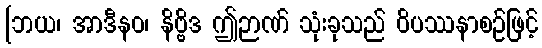
[ဘယ၊ အာဒီနဝ၊ နိဗ္ဗိဒ ဤဉာဏ် သုံးခုသည် ဝိပဿနာစဉ်ဖြင့်